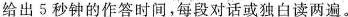
给出5秒钟的作答时间,每段对话或独白读两遍.